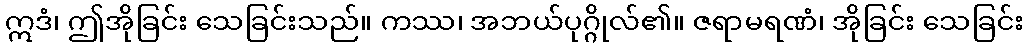
ဣဒံ၊ ဤအိုခြင်း သေခြင်းသည်။ ကဿ၊ အဘယ်ပုဂ္ဂိုလ်၏။ ဇရာမရဏံ၊ အိုခြင်း သေခြင်း